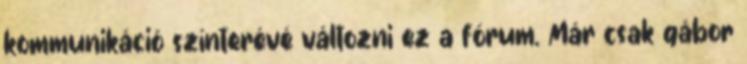
kommunikáció színterévé változni ez a fórum. Már csak gábor